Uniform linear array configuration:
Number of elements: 32
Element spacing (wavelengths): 0.25
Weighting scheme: kaiser
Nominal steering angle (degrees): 60
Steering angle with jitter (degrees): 58.518
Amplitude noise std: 0.05
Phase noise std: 0.05

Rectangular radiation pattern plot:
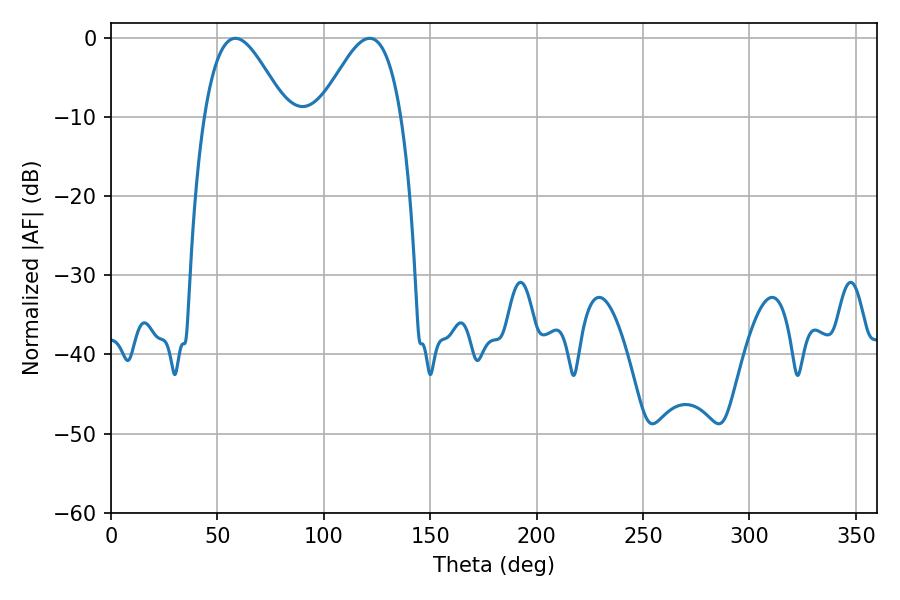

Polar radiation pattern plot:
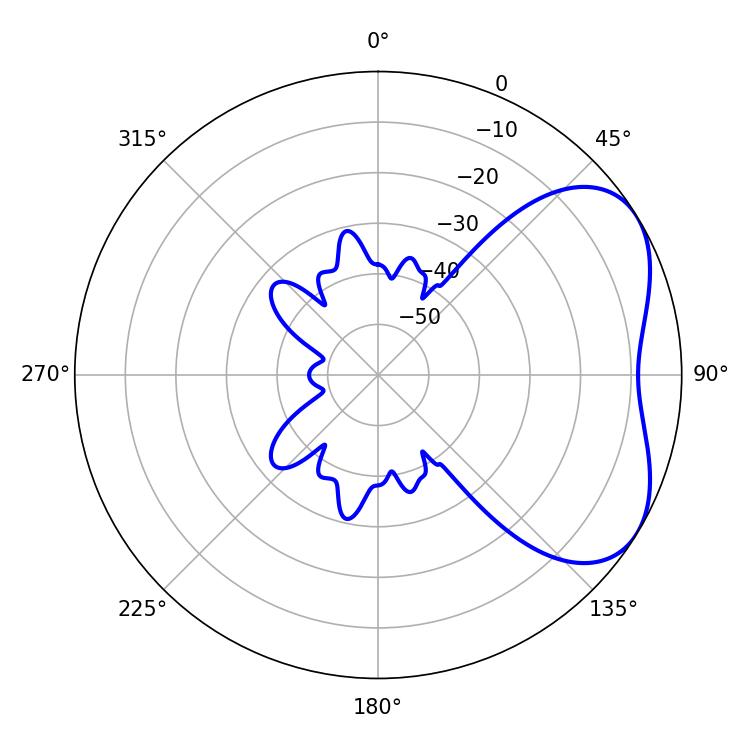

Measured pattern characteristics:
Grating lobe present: FALSE
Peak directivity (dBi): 4.505
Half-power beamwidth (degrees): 20.7
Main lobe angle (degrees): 58.5